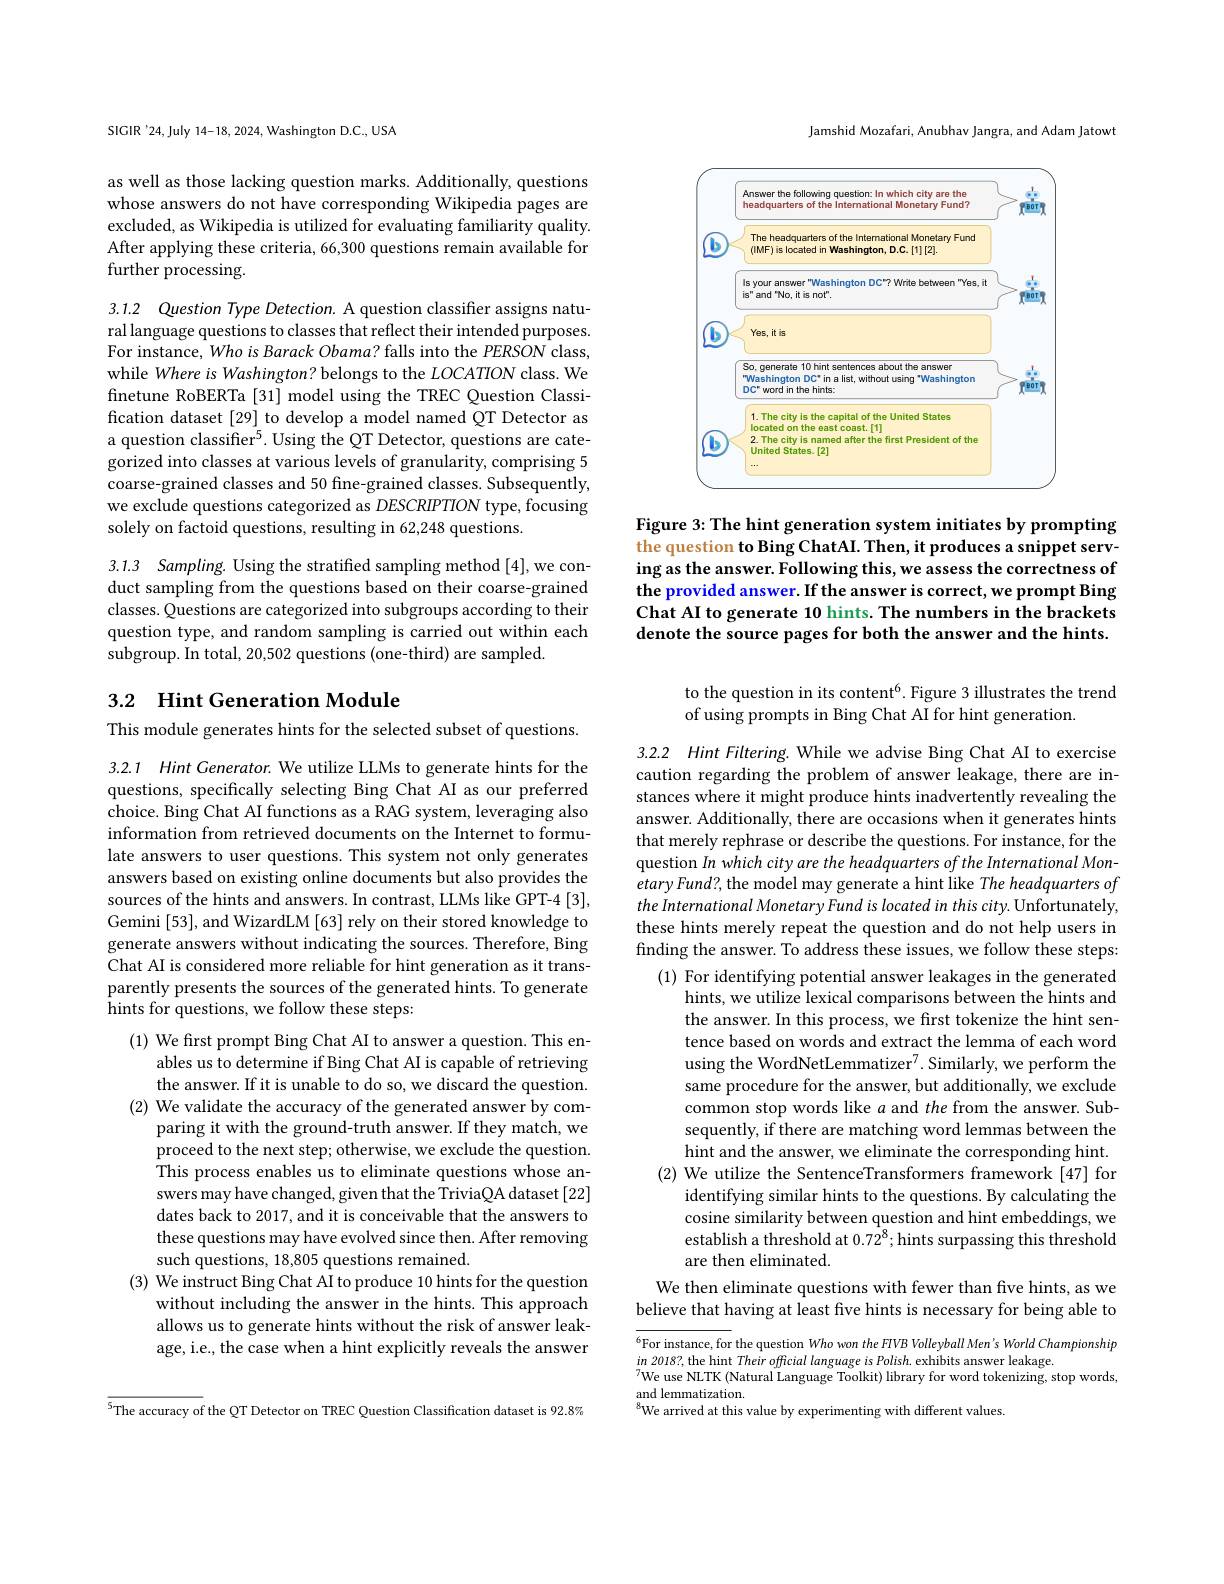
SIGIR'24,July 14-18, 2024, Washington D.C., USA

as well as those lacking question marks. Additionally, questions whose answers do not have corresponding Wikipedia pages are excluded, as Wikipedia is utilized for evaluating familiarity quality. After applying these criteria, 66,300 questions remain available for further processing.

3.1.2 Question Type Detection. A question classifier assigns natural language questions to classes that reflect their intended purposes. For instance, Who is Barack Obama? falls into the PERSON class, while Where is Washington? belongs to the LOCATION class. We finetune RoBERTa [31] model using the TREC Question Classification dataset [29] to develop a model named QT Detector as a question classifier$^5.$ Using the QT Detector, questions are categorized into classes at various levels of granularity, comprising 5 coarse-grained classes and 50 fine-grained classes. Subsequently, we exclude questions categorized as DESCRIPTION type, focusing solely on factoid questions, resulting in 62,248 questions.

3.1.3 Sampling. Using the stratified sampling method [4],we conduct sampling from the questions based on their coarse-grained classes. Questions are categorized into subgroups according to their question type, and random sampling is carried out within each subgroup. In total, 20,502 questions (one-third) are sampled.

## 3.2 Hint Generation Module

This module generates hints for the selected subset of questions.

3.2.1 Hint Generator. We utilize LLMs to generate hints for the questions, specifically selecting Bing Chat AI as our preferred choice. Bing Chat AI functions as a RAG system, leveraging also information from retrieved documents on the Internet to formulate answers to user questions. This system not only generates answers based on existing online documents but also provides the sources of the hints and answers. In contrast, LLMs like GPT-4 [3], Gemini [53], and WizardLM [63] rely on their stored knowledge to generate answers without indicating the sources. Therefore, Bing Chat AI is considered more reliable for hint generation as it transparently presents the sources of the generated hints. To generate ${\mathrm{~hints~for~questions,~we~follow~these~steps:}}$

(1) We first prompt Bing Chat AI to answer a question. This en-
ables us to determine if Bing Chat AI is capable of retrieving the answer. If it is unable to do so, we discard the question.
(2) We validate the accuracy of the generated answer by com-
paring it with the ground-truth answer. If they match, we proceed to the next step; otherwise, we exclude the question. This process enables us to eliminate questions whose answers may have changed, given that the TriviaQA dataset [22] dates back to 2017, and it is conceivable that the answers to these questions may have evolved since then. After removing such questions, 18,805 questions remained.
(3) We instruct Bing Chat AI to produce 10 hints for the question
without including the answer in the hints. This approach allows us to generate hints without the risk of answer leakage, i.e., the case when a hint explicitly reveals the answer

$^{5}$The accuracy of the QT Detector on TREC Question Classification dataset is 92.8%

Jamshid Mozafari, Anubhav Jangra, and Adam Jatowt

<FigureHere>

Figure 3: The hint generation system initiates by prompting the question to Bing ChatAI. Then, it produces a snippet serving as the answer. Following this, we assess the correctness of the provided answer. If the answer is correct, we prompt Bing Chat AI to generate 10 hints. The numbers in the brackets denote the source pages for both the answer and the hints.

to the question in its content$^6.$ Figure 3 illustrates the trend
of using prompts in Bing Chat AI for hint generation.

3.2.2 Hint Filtering. While we advise Bing Chat AI to exercise caution regarding the problem of answer leakage, there are instances where it might produce hints inadvertently revealing the answer. Additionally, there are occasions when it generates hints that merely rephrase or describe the questions. For instance, for the question In which city are the headquarters of the International Monetary Fund?, the model may generate a hint like The headquarters of the International Monetary Fund is located in this city. Unfortunately, these hints merely repeat the question and do not help users in finding the answer. To address these issues, we follow these steps:
(1) For identifying potential answer leakages in the generated
hints, we utilize lexical comparisons between the hints and the answer. In this process, we first tokenize the hint sentence based on words and extract the lemma of each word using the WordNetLemmatizer$^7.$ Similarly, we perform the same procedure for the answer, but additionally, we exclude common stop words like $a$ and the from the answer. Subsequently, if there are matching word lemmas between the hint and the answer, we eliminate the corresponding hint.
(2) We utilize the SentenceTransformers framework [47] for
identifying similar hints to the questions. By calculating the cosine similarity between question and hint embeddings, we establish a threshold at $0.72^8;$hints surpassing this threshold are then eliminated.
We then eliminate questions with fewer than five hints, as we

believe that having at least five hints is necessary for being able to

$^{6}$For instance, for the question Who won the FIVB Volleyball Men's World Championship
$\begin{array}{l}{\mathrm{in~2018?,~the~hint~Their~official~language~is~Polish.~exhibits~answer~leakage.}}\\{\mathrm{7uv~an~Tur~Au~dis~answer~leakage.}}\end{array}$
$^{7}$We use NLTK (Natural Language Toolkit) library for word tokenizing, stop words,
and lemmatization.
$^{8}$We arrived at this value by experimenting with different values.